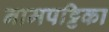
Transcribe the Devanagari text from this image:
नामपट्टिका